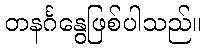
တနင်္ဂနွေဖြစ်ပါသည်။